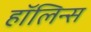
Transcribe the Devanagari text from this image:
हॉलिन्स